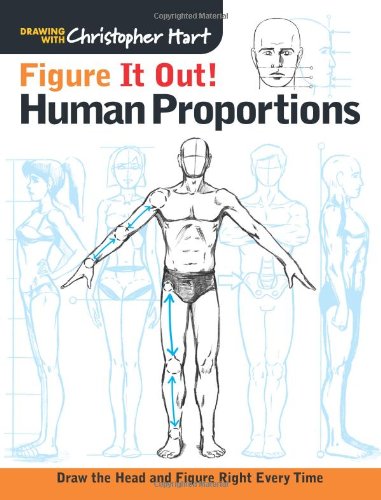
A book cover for Figure It Out! Human Proportions: Draw the Head and Figure Right Every Time (Christopher Hart Figure It Out!); Christopher Hart; Arts & Photography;